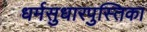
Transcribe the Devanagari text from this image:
धर्मसुधारपुस्तिका